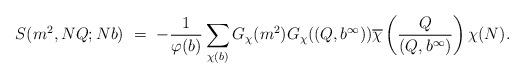
LaTeX: \begin{align*} S(m^2, NQ; Nb) \ =\ -\frac{1}{\varphi(b)}\sum_{\chi (b)} G_\chi (m^2) G_\chi((Q, b^\infty)) \overline{\chi} \left(\frac{Q}{(Q, b^\infty)}\right) \chi(N). \end{align*}